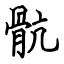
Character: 骯